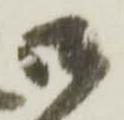
御